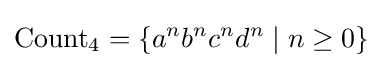
{\text{Count}}_{4}=\left\{a^{n}b^{n}c^{n}d^{n}\mid n\geq 0\right\}